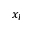
x _ { l }